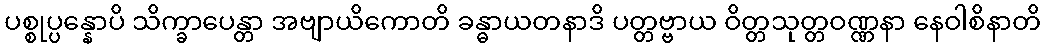
ပစ္စုပ္ပန္နောပိ သိက္ခာပေန္တာ အဗျာယိကောတိ ခန္ဓာယတနာဒိ ပတ္တဗ္ဗာယ ဝိတ္တသုတ္တဝဏ္ဏနာ နေဝါစိနာတိ